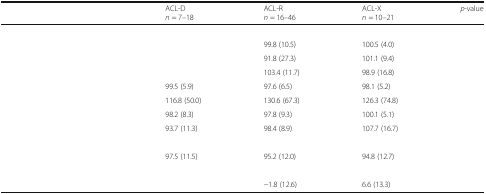
<table><thead><tr><td>[EMPTY_CELL]</td><td><b>ACL-D<i>n</i> = 7–18</b></td><td><b>ACL-R<i>n</i> = 16–46</b></td><td><b>ACL-X<i>n</i> = 10–21</b></td><td><b><i>p</i>-value</b></td></tr></thead><tbody><tr><td colspan="5">[EMPTY_CELL]</td></tr><tr><td>[EMPTY_CELL]</td><td>[EMPTY_CELL]</td><td>99.8 (10.5)</td><td>100.5 (4.0)</td><td>[EMPTY_CELL]</td></tr><tr><td>[EMPTY_CELL]</td><td>[EMPTY_CELL]</td><td>91.8 (27.3)</td><td>101.1 (9.4)</td><td>[EMPTY_CELL]</td></tr><tr><td>[EMPTY_CELL]</td><td>[EMPTY_CELL]</td><td>103.4 (11.7)</td><td>98.9 (16.8)</td><td>[EMPTY_CELL]</td></tr><tr><td>[EMPTY_CELL]</td><td>99.5 (5.9)</td><td>97.6 (6.5)</td><td>98.1 (5.2)</td><td>[EMPTY_CELL]</td></tr><tr><td>[EMPTY_CELL]</td><td>116.8 (50.0)</td><td>130.6 (67.3)</td><td>126.3 (74.8)</td><td>[EMPTY_CELL]</td></tr><tr><td>[EMPTY_CELL]</td><td>98.2 (8.3)</td><td>97.8 (9.3)</td><td>100.1 (5.1)</td><td>[EMPTY_CELL]</td></tr><tr><td>[EMPTY_CELL]</td><td>93.7 (11.3)</td><td>98.4 (8.9)</td><td>107.7 (16.7)</td><td>[EMPTY_CELL]</td></tr><tr><td colspan="5">[EMPTY_CELL]</td></tr><tr><td>[EMPTY_CELL]</td><td>97.5 (11.5)</td><td>95.2 (12.0)</td><td>94.8 (12.7)</td><td>[EMPTY_CELL]</td></tr><tr><td colspan="5">[EMPTY_CELL]</td></tr><tr><td>[EMPTY_CELL]</td><td>[EMPTY_CELL]</td><td>−1.8 (12.6)</td><td>6.6 (13.3)</td><td>[EMPTY_CELL]</td></tr></tbody></table>